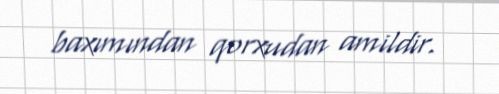
baxımından qorxudan amildir.